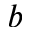
^ { b }